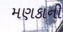
મણકાની